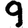
Digit: 9